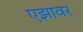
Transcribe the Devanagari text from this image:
एझावर